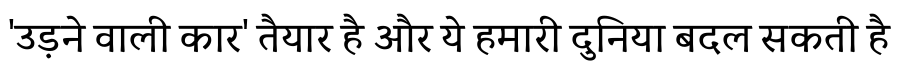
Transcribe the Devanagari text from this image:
'उड़ने वाली कार' तैयार है और ये हमारी दुनिया बदल सकती है